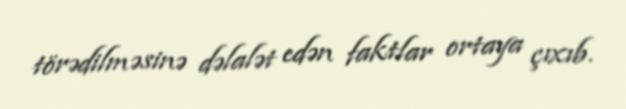
törədilməsinə dəlalət edən faktlar ortaya çıxıb.